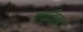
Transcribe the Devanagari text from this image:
जाळिला